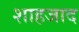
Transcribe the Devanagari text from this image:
शाहजाद